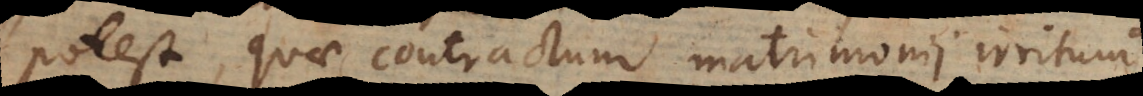
potest, quae contractum matrimonii irritum